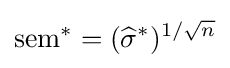
\operatorname {sem} ^{*}=({\widehat {\sigma }}^{*})^{1/{\sqrt {n}}}